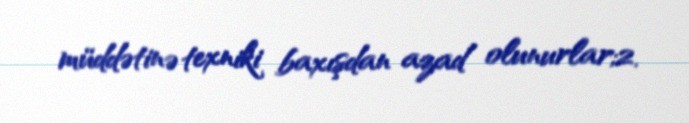
müddətinə texniki baxışdan azad olunurlar;2.